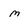
Character: M